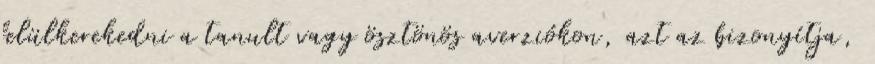
felülkerekedni a tanult vagy ösztönös averziókon, azt az bizonyítja,